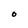
Character: O